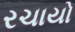
રચાયો